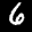
Label: 6